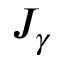
J _ { \gamma }